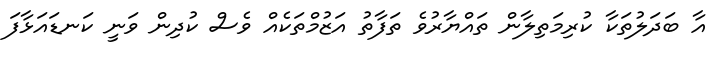
އާ ބަދަލުތަކާ ކުރިމަތިލާން ތައްޔާރުވެ ތަފާތު އަޒުމްތަކެއް ވެސް ކުދިން ވަނީ ކަނޑައަޅާފަ